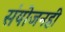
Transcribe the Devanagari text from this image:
संयोजनही